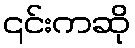
၎င်းကဆို